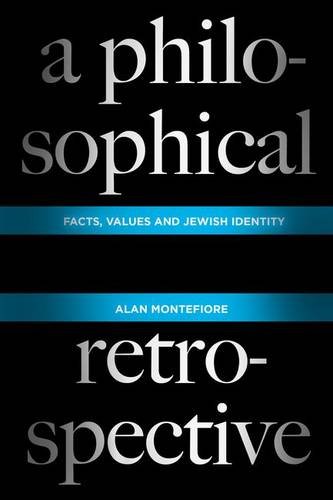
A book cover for A Philosophical Retrospective: Facts, Values, and Jewish Identity (Columbia Themes in Philosophy); Alan Montefiore; Politics & Social Sciences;